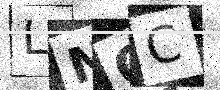
Text: LNCC